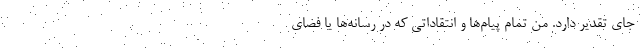
جای تقدیر دارد. من تمام پیام‌ها و انتقاداتی که در رسانه‌ها یا فضای